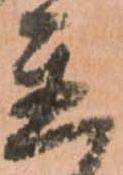
置